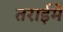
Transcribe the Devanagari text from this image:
तराईमें